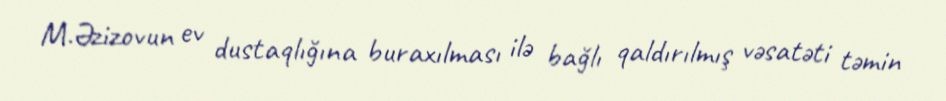
M.Əzizovun ev dustaqlığına buraxılması ilə bağlı qaldırılmış vəsatəti təmin